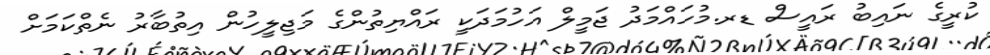
ކުރީގެ ނައިބު ރައީސް ޑރ.މުހައްމަދު ޖަމީލް އަހުމަދަކީ ރައްޔިތުންގެ މަޖިލީހުން އިތުބާރު ނެތްކަމަށް